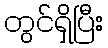
တွင်ရှိပြီး